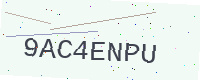
Text: 9AC4ENPU